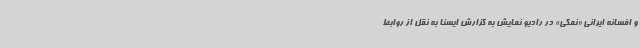
و افسانه ایرانی «نمکی» در رادیو نمایش به گزارش ایسنا به نقل از روابط